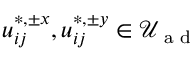
u _ { i j } ^ { \ast , \pm x } , u _ { i j } ^ { \ast , \pm y } \in \mathcal { U } _ { \textrm { a d } }